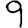
Digit: 9